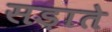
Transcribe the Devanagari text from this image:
सड़ाते